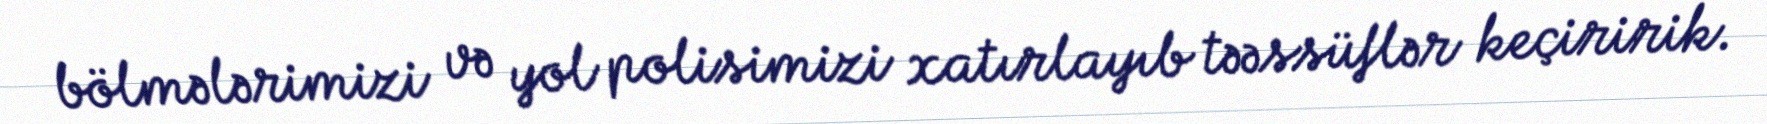
bölmələrimizi və yol polisimizi xatırlayıb təəssüflər keçiririk.